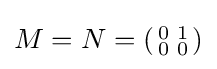
M=N=({\begin{smallmatrix}0&1\\0&0\end{smallmatrix}})